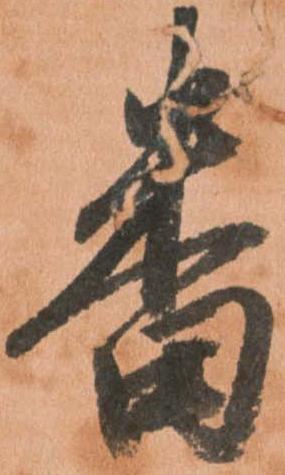
番